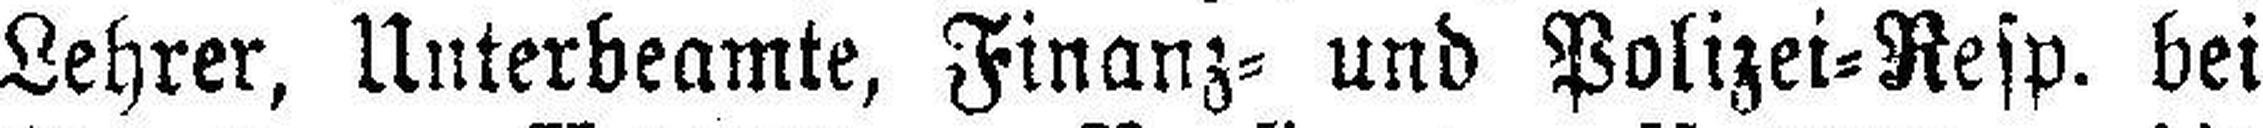
Lehrer, Unterbeamte, Finanz= und Polizei=Resp. bei